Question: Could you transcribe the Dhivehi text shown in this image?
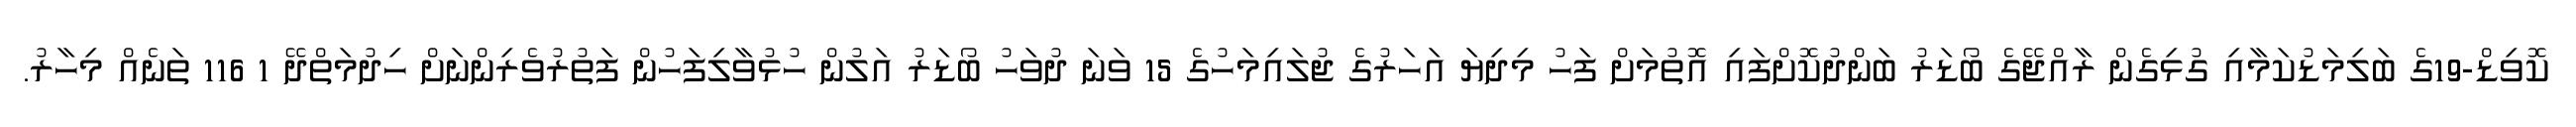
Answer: ކޮވިޑް-19ގެ ބަލިމަޑުކަމާއި ގުޅިގެން ރާއްޖޭގެ ބޯޑަރު ބަންދުކޮށްފައި އޮތުމަށް ފަހު މިދިޔަ އަހަރުގެ ޖުލައިމަހުގެ 15 ވަނަ ދުވަހު ބޯޑަރު އަލުން ހުޅުވާލިފަހުން ފަތުރުވެރިންނަށް ހިދުމަތްދޭ 1 116 ތަނެއް މިހާރު.